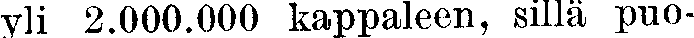
yli 2.000.000 kappaleen, sillä puo-